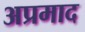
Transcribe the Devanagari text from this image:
अप्रमाद